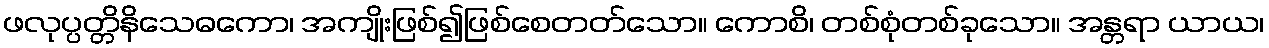
ဖလုပ္ပတ္တိနိသေဓကော၊ အကျိုးဖြစ်၍ဖြစ်စေတတ်သော။ ကောစိ၊ တစ်စုံတစ်ခုသော။ အန္တရာ ယာယ၊